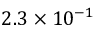
2 . 3 \times 1 0 ^ { - 1 }